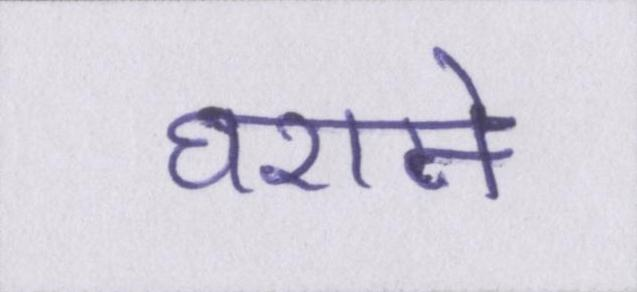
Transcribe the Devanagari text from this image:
घराने